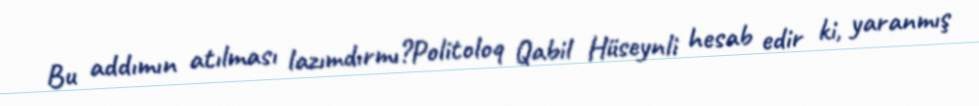
Bu addımın atılması lazımdırmı?Politoloq Qabil Hüseynli hesab edir ki, yaranmış